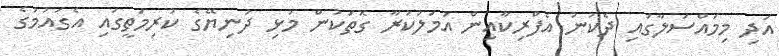
އަދި މިމައްސަލާގައި ދެކުނު އެފްރިކާއިން އަމަލުކުރާ ގޮތަކުން މުޅި ދުނިޔޭގެ ކުރިމަތީގައި އެގައުމުގެ